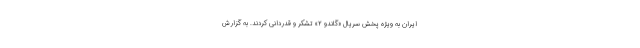
ایران به ویژه پخش سریال «گاندو ۲» تشکر و قدردانی کردند. به گزارش